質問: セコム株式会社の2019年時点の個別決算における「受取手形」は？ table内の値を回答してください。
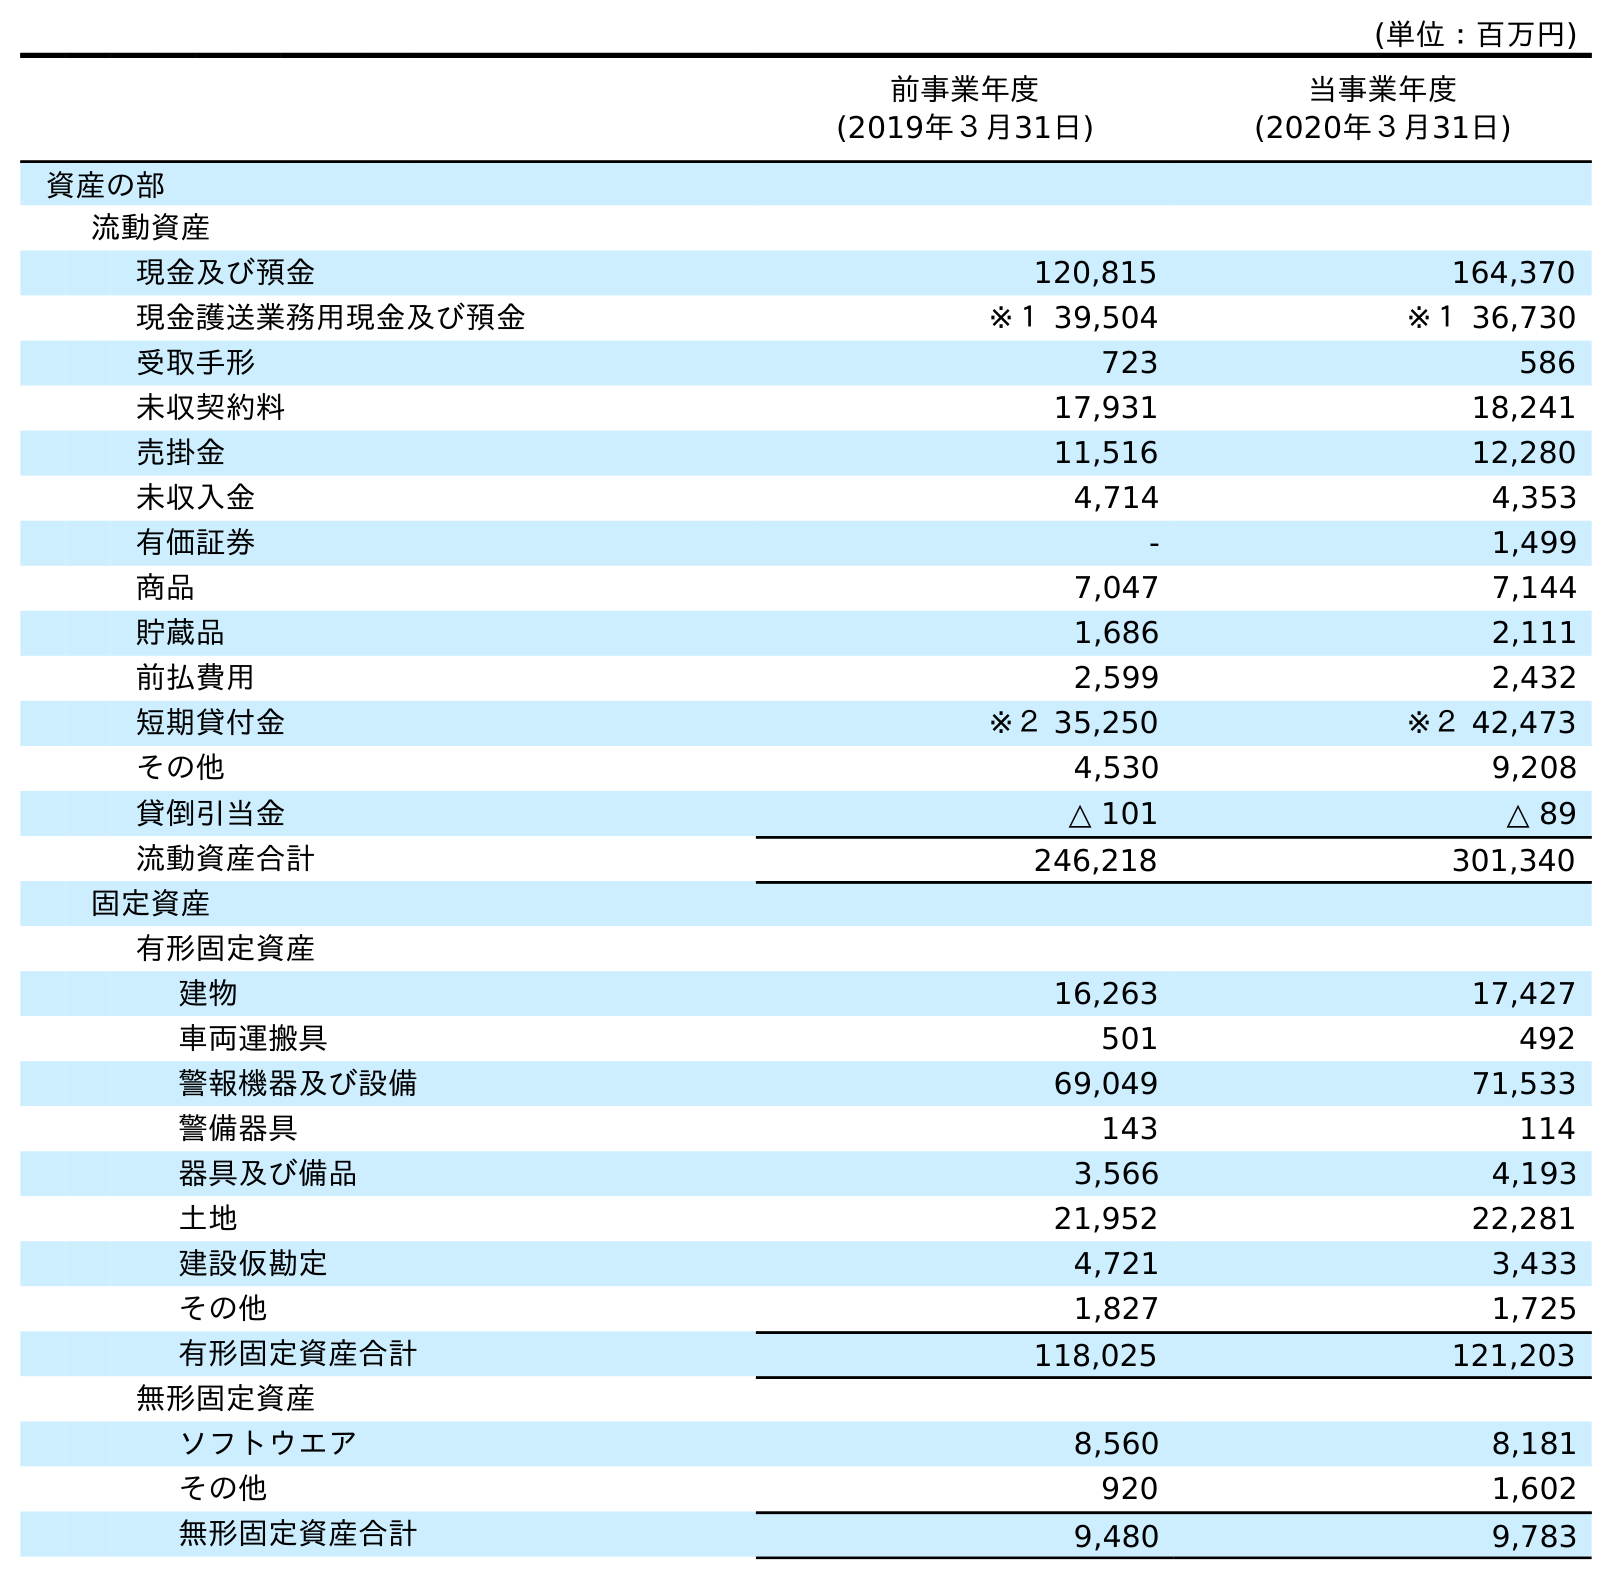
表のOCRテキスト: (単位：百万円) 前事業年度 (2019年３月31日) 当事業年度 (2020年３月31日) 資産の部 流動資産 現金及び預金 120,815 164,370 現金護送業務用現金及び預金 ※１ 39,504 ※１ 36,730 受取手形 723 586 未収契約料 17,931 18,241 売掛金 11,516 12,280 未収入金 4,714 4,353 有価証券 - 1,499 商品 7,047 7,144 貯蔵品 1,686 2,111 前払費用 2,599 2,432 短期貸付金 ※２ 35,250 ※２ 42,473 その他 4,530 9,208 貸倒引当金 △ 101 △ 89 流動資産合計 246,218 301,340 固定資産 有形固定資産 建物 16,263 17,427 車両運搬具 501 492 警報機器及び設備 69,049 71,533 警備器具 143 114 器具及び備品 3,566 4,193 土地 21,952 22,281 建設仮勘定 4,721 3,433 その他 1,827 1,725 有形固定資産合計 118,025 121,203 無形固定資産 ソフトウエア 8,560 8,181 その他 920 1,602 無形固定資産合計 9,480 9,783
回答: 723